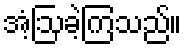
အံ့ဩခဲ့ကြသည်။